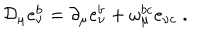
LaTeX: { \cal D } _ { \mu } e _ { \nu } ^ { b } = \partial _ { \mu } e _ { \nu } ^ { b } + \omega _ { \mu } ^ { b c } e _ { \nu c } \; .